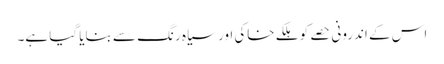
اس کے اندرونی حصے کو ہلکے خاکی اور سیاہ رنگ سے بنایا گیا ہے۔